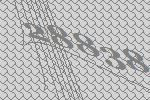
28838